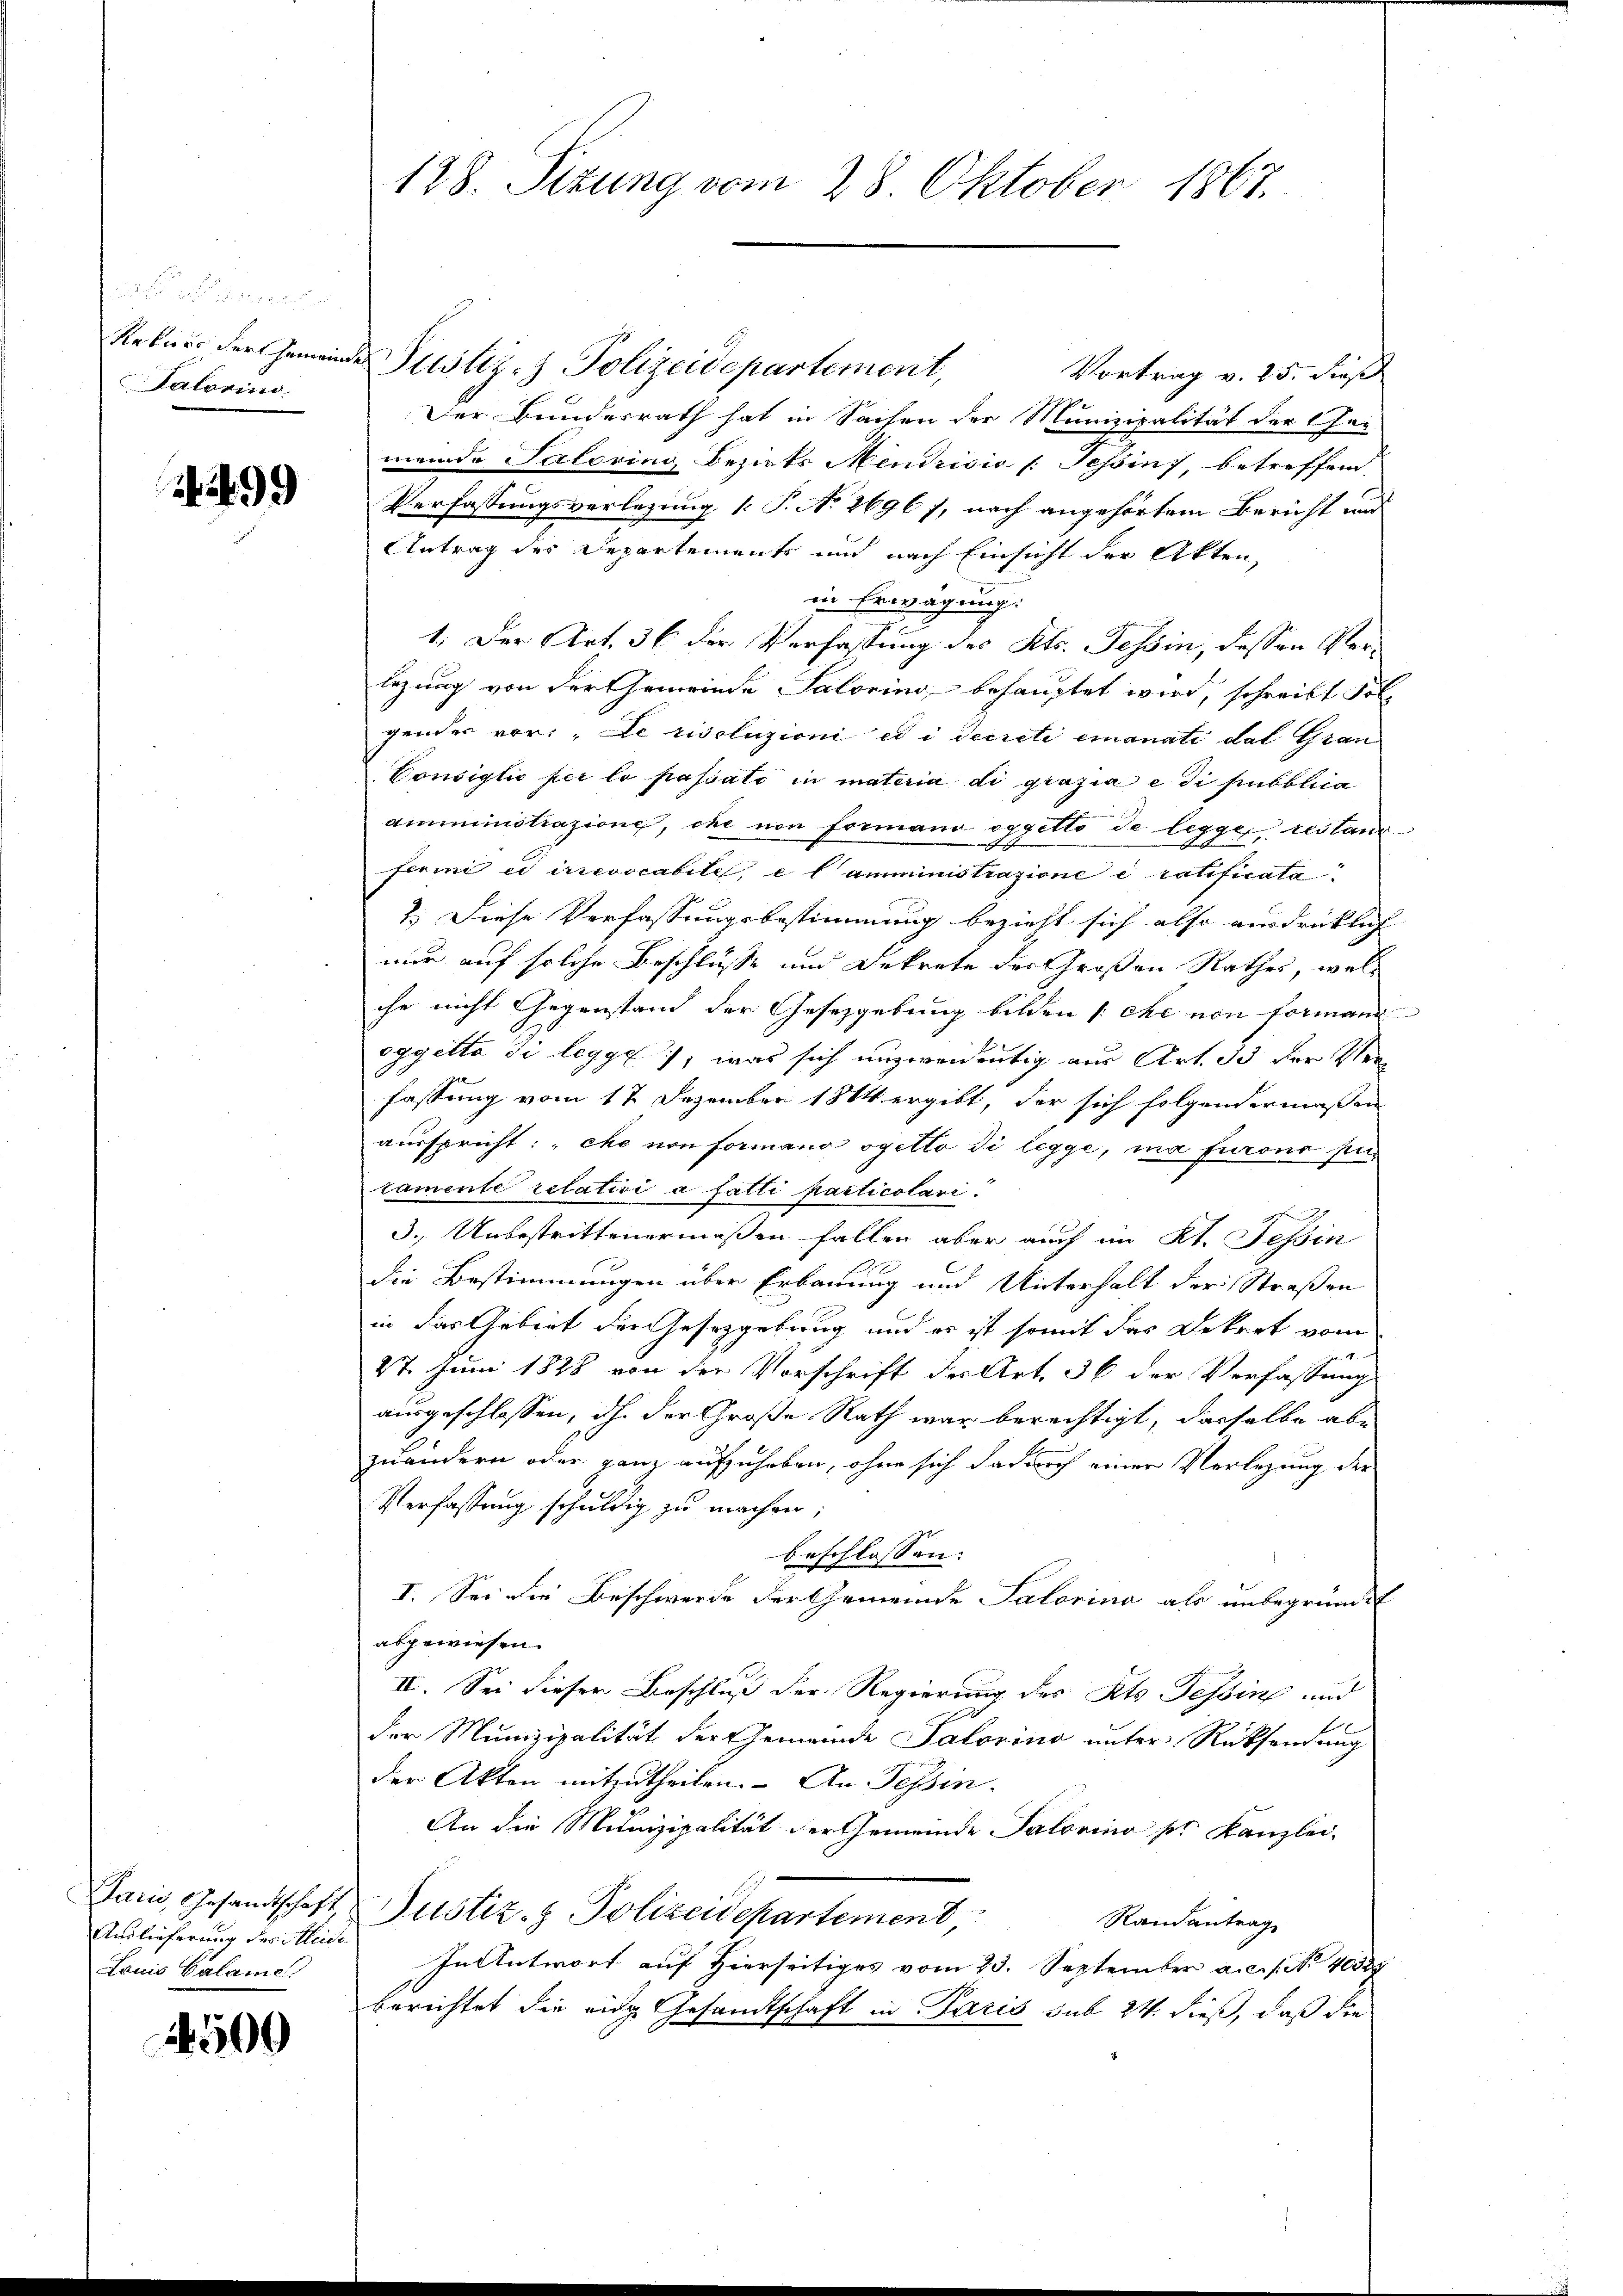
fen uns un
Lalorino

499

Auslieferung des Kleide
Louis Calame

4500

Rekurs der Gemeinde Justiz- & Polizeidepartement,
Vortrag v. 25. dieß
Der Bundesrath hat in Sachen der Munizipalität der Ge-
meinde Salpring Bezirks Mendrisić /: Tessin betreffend,
Verfassungsverlegung 1 S. N. 2696 f, nach angehörtem Bericht und
Antrag des Departements und nach Einsicht der Akten,
in Erwägung.
1. Der Art. 36 der Verfassung des Kts. Tessin, dessen Verlegung von der Gemeinde Saloring behauptet wird, schreibt Folgender vor: „Le riscluzioni ed i Secreti emanati das Gran
Consiglio per lo passato in materia di grazia e di pubblica
amministrazione, che von formano oggetto de legger, restand
ferini ed irrevocabile, e l’amministrazione e ratificata
1.) Diese Verfassungsbestimmung bezieht sich also ausdrücklich
mir auf solche Beschlüsse und Dekrete der Großen Rathes, welche nicht Gegenstand der Gesetzgebung bilden che von formann
oggetta di legge, was sich unzweideutig aus Art. 35 der Verfassung vom 17 Dezember 1844 ergibt, der sich folgendermaßen
ausspricht: „che von formano ogetto di legge, ma furono pe
tamente relativi a fatti particolari

3. Unbestrittenermaßen fallen aber auch im Kt. Tessin

die Bestimmungen über Erbauung und Unterhalt der Straßen
b
in das Gebiet der Gesetzgebung und er ist somit das Dekret vom
27. Juni 1828 von der Vorschrift der Art. 36 der Verfassung
ausgeschlossen, ihn der Große Rath war berechtigt, dasselbe abe
zuändern oder ganz aufzuheben, ohne sich dadurch einer Verlegung der
Verfassung schuldig zu machen;
beschlossen:
I. Sei die Beschwerde der Gemeinde Salarina als unbegründet
abgewiesen.
II. Sei dieser Beschluß der Regierung des Kts. Tessing und
der Munizipalität der Gemeinde Salorino unter Rücksendung
der Akten mitzutheilen. An Tessin.
An die Munizipalität der Gemeinde Salorino per Kanzlei-
Jarii, Gesandtschaft Justiz- & Polizeidepartement
Randantrag
In Antwort auf Hierseitiges vom 23. September a.c. s. No 403.
berichtet die ein Gesandtschaft in Paris sub 24. dieß, daß die

128. Situng vom 28. Oktober 1867